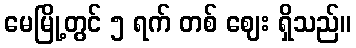
မေမြို့တွင် ၅ ရက် တစ် ဈေး ရှိသည်။